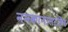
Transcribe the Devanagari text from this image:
ननकानासाहिब